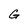
Character: G